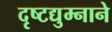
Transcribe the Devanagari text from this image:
दृष्टद्युम्नाने